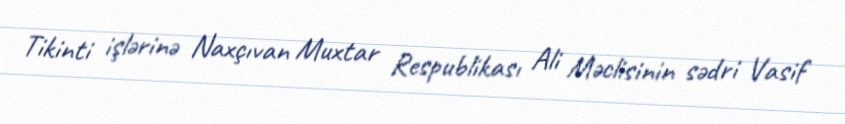
Tikinti işlərinə Naxçıvan Muxtar Respublikası Ali Məclisinin sədri Vasif